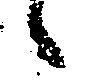
々